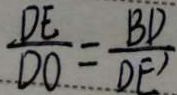
\frac { D E } { D O } = \frac { B D } { D E ^ { \prime } }